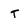
Character: T